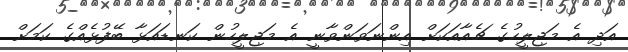
އަދި އެ މަޖިލީހުގެ ޗެއާއަކަށް އިންނަވަންވާނީ އެ މަޖިލީހުން ކަނޑައަޅާ ބޭފުޅެއްގެ ކަމަށް